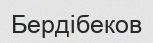
Бердібеков